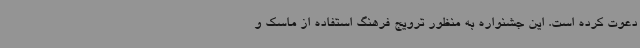
دعوت کرده است. این جشنواره به منظور ترویج فرهنگ استفاده از ماسک و